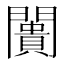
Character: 闠